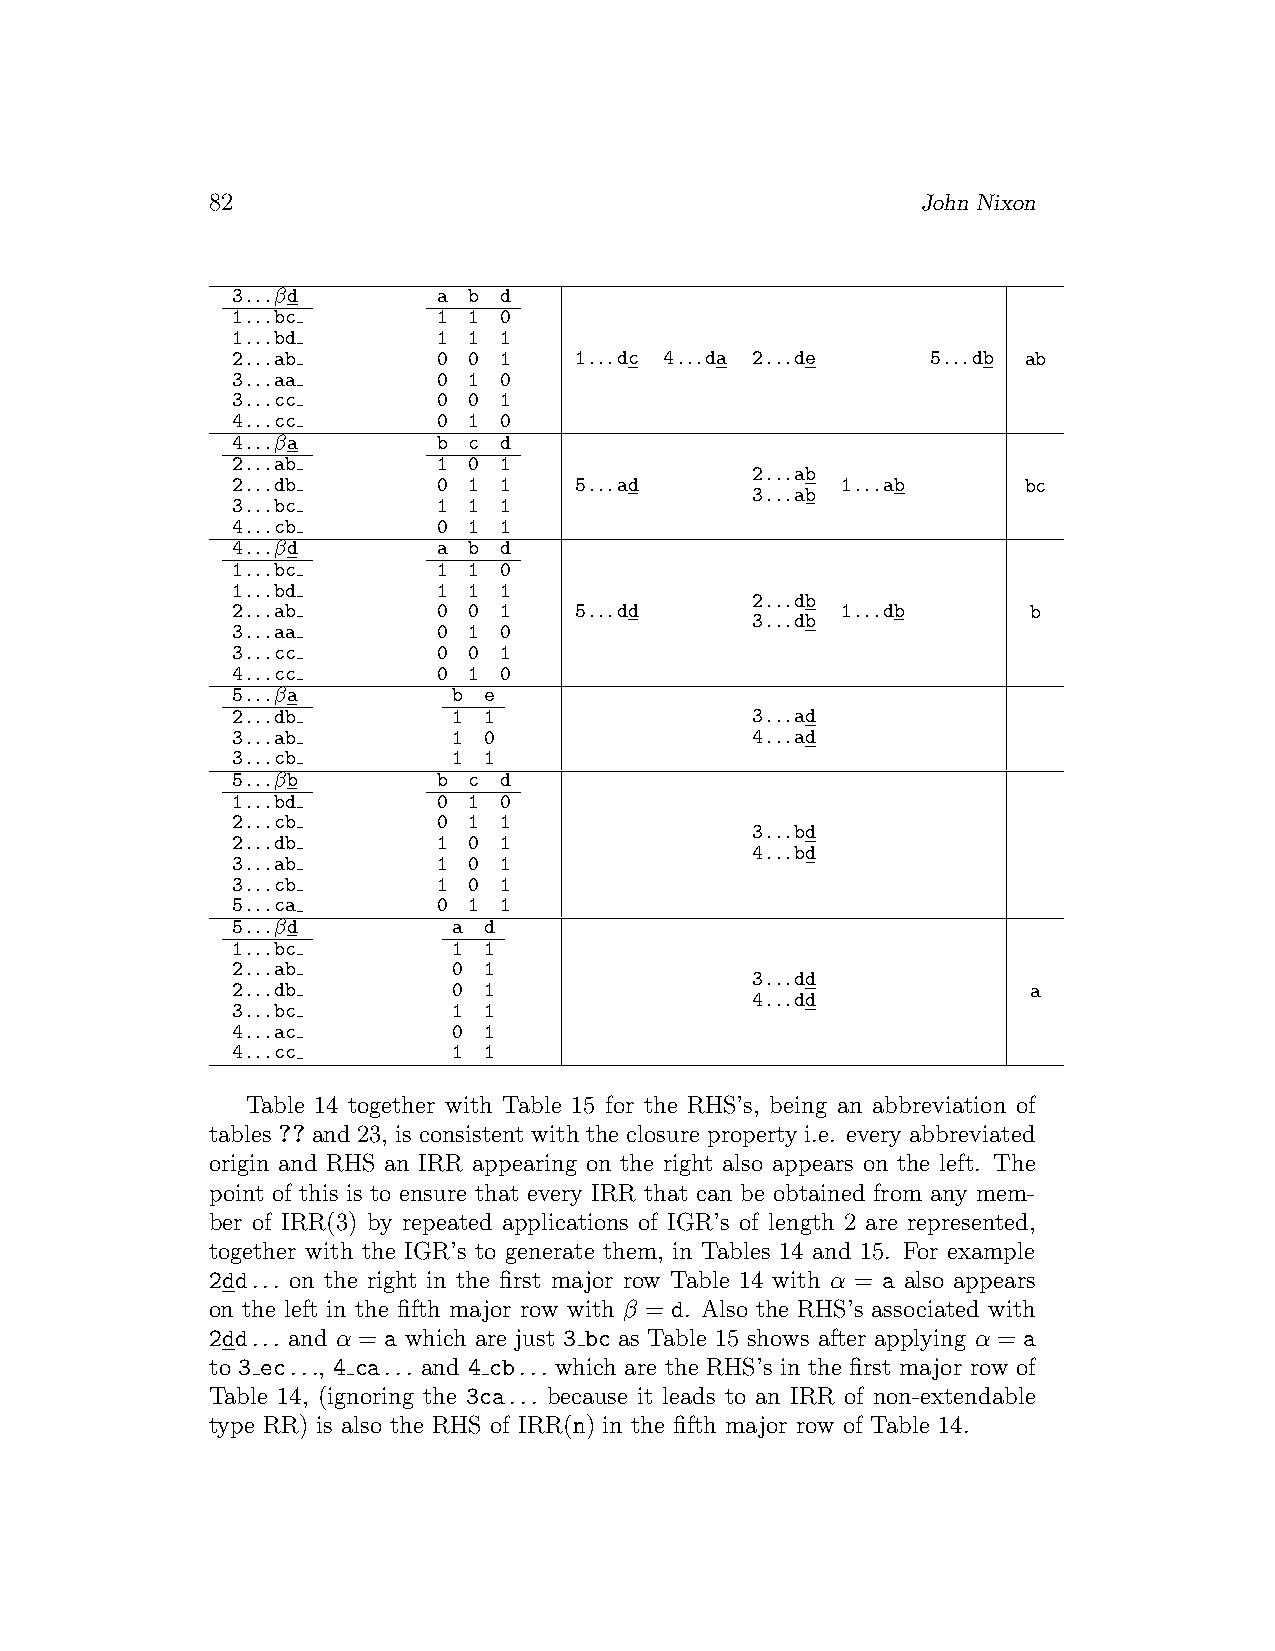
82                                             John Nixon
 3...βd        a b d
 1...bc        1 1 0
 1...bd        1 1 1
 2...ab        0 0 1    1...dc 4...da 2...de    5...db ab
 3...aa        0 1 0
 3...cc        0 0 1
 4...cc        0 1 0
 4...βa        b c d
 2...ab        1 0 1
 2...ab
 2...db        0 1 1    5...ad            1...ab      bc
 3...ab
 3...bc        1 1 1
 4...cb        0 1 1
 4...βd        a b d
 1...bc        1 1 0
 1...bd        1 1 1
 2...db
 2...ab        0 0 1    5...dd            1...db      b
 3...db
 3...aa        0 1 0
 3...cc        0 0 1
 4...cc        0 1 0
 5...βa         b e
 2...db         1 1                 3...ad
 3...ab         1 0                 4...ad
 3...cb         1 1
 5...βb        b c d
 1...bd        0 1 0
 2...cb        0 1 1
 3...bd
 2...db        1 0 1
 4...bd
 3...ab        1 0 1
 3...cb        1 0 1
 5...ca        0 1 1
 5...βd         a d
 1...bc         1 1
 2...ab         0 1
 3...dd
 2...db         0 1                                   a
 4...dd
 3...bc         1 1
 4...ac         0 1
 4...cc         1 1
 Table 14 together with Table 15 for the RHS’s, being an abbreviation of
 tables ?? and 23, is consistent with the closure property i.e. every abbreviated
 origin and RHS an IRR appearing on the right also appears on the left. The
 point of this is to ensure that every IRR that can be obtained from any mem-
 ber of IRR(3) by repeated applications of IGR’s of length 2 are represented,
 together with the IGR’s to generate them, in Tables 14 and 15. For example
 2dd... on the right in the first major row Table 14 with α = a also appears
 on the left in the fifth major row with β = d. Also the RHS’s associated with
 2dd... and α = a which are just 3 bc as Table 15 shows after applying α = a
 to 3 ec..., 4 ca... and 4 cb... which are the RHS’s in the first major row of
 Table 14, (ignoring the 3ca... because it leads to an IRR of non-extendable
 type RR) is also the RHS of IRR(n) in the fifth major row of Table 14.